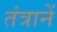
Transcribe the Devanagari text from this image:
तंत्रानें